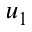
u _ { 1 }